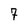
Character: 7